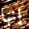
إنها